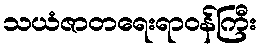
သယံဇာတရေးရာဝန်ကြီး